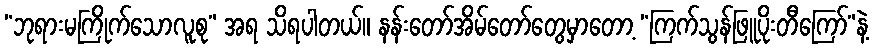
“ဘုရားမကြိုက်သောလူစု” အရ သိရပါတယ်။ နန်းတော်အိမ်တော်တွေမှာတော့ “ကြက်သွန်ဖြူပိုးတီကြော်”နဲ့